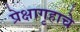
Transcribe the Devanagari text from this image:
प्रेक्षागृहाचे